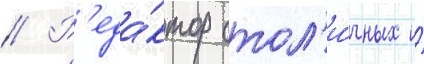
// Р'еда́ктор стол'и́чных и́